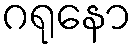
ဂရုနော